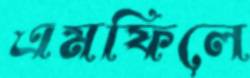
এমফিলে